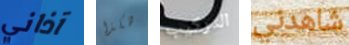
آذاني هكذا التركيب شاهدني